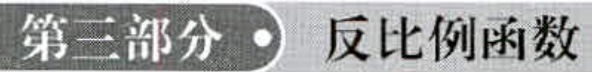
第三部分 \cdot 反比例函数